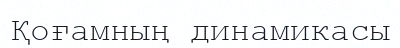
Қоғамның динамикасы